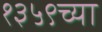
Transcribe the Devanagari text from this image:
१३५९च्या